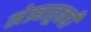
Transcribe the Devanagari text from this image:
खेड्याहूनही